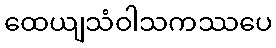
ထေယျသံဝါသကဿပေ